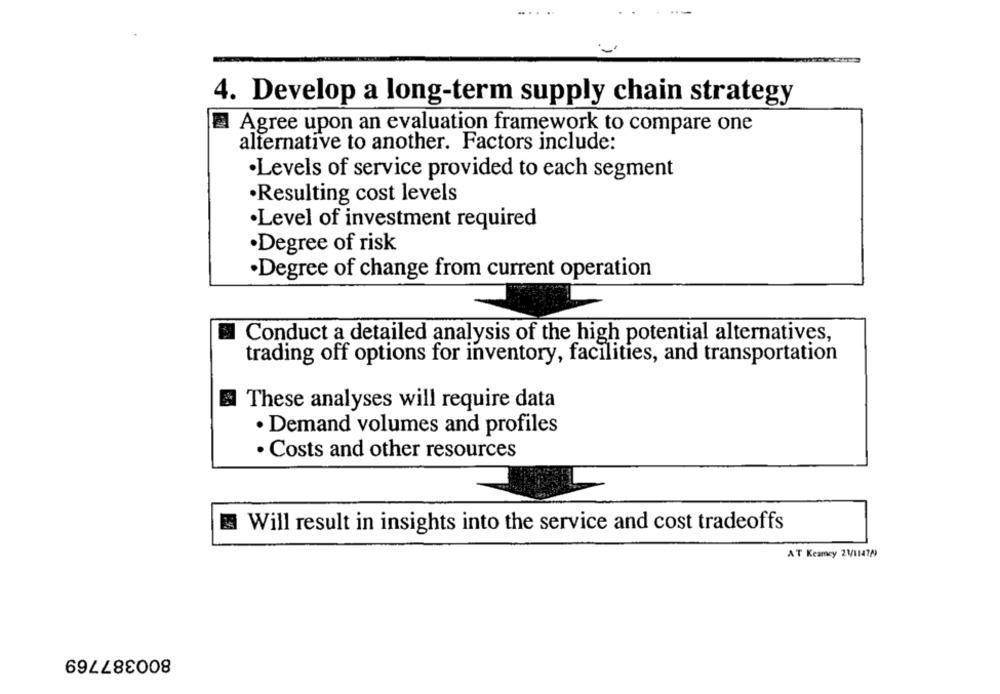
4. Develop a long-term supply chain strategy
Agree upon an evaluation framework to compare one
alternative to another. Factors include:
·Levels of service provided to each segment
·Resulting cost levels
·Level of investment required
·Degree of risk
·Degree of change from current operation
Conduct a detailed analysis of the high potential alternatives,
trading off options for inventory, facilities, and transportation
These analyses will require data
· Demand volumes and profiles
· Costs and other resources
Will result in insights into the service and cost tradeoffs
AT Keamey 23/1147/9
800387769